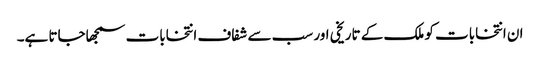
ان انتخابات کو ملک کے تاریخی اور سب سے شفاف انتخابات سمجھاجاتا ہے۔